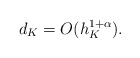
\begin{align*} d_K= O( h_{K}^{1+\alpha}). \end{align*}